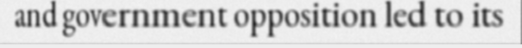
and government opposition led to its